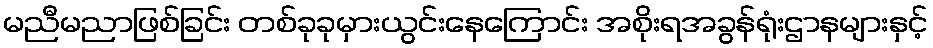
မညီမညာဖြစ်ခြင်း တစ်ခုခုမှားယွင်းနေကြောင်း အစိုးရအခွန်ရုံးဌာနများနှင့်